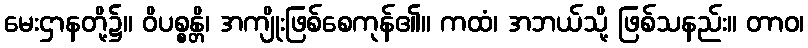
မေးဌာနတို့၌။ ဝိပစ္စန္တိ၊ အကျိုးဖြစ်စေကုန်၏။ ကထံ၊ အဘယ်သို့ ဖြစ်သနည်း။ တာဝ၊